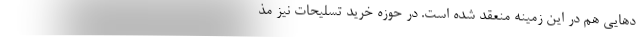
د‌هایی هم در این زمینه منعقد شده است. در حوزه خرید تسلیحات نیز مذ